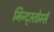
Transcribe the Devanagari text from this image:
मिन्द्स्तोर्म्स